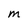
Character: M